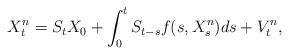
LaTeX: \begin{align*} X^n_t=S_t X_0 + \int_0^t S_{t-s}f(s,X^n_s) ds + V^n_t, \end{align*}